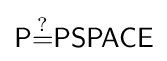
{\mathsf {P{\overset {?}{=}}PSPACE}}